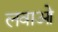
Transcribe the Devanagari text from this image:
लवाओ